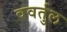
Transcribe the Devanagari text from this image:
ववर्तुल